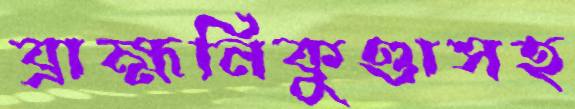
ব্রাহ্মনিকুণ্ডাসহ